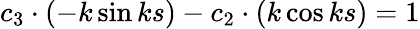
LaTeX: c_{3}\cdot(-k\sin ks)-c_{2}\cdot(k\cos ks)=1